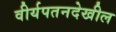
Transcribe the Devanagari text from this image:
वीर्यपतनदेखील